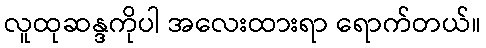
လူထုဆန္ဒကိုပါ အလေးထားရာ ရောက်တယ်။